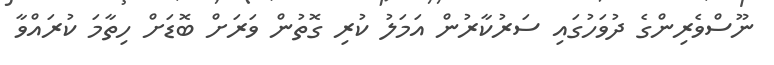
ނޫސްވެރިންގެ ދުވަހުގައި ސަރުކާރުން އަމަލު ކުރި ގޮތުން ވަރަށް ބޮޑަށް ހިތާމަ ކުރައްވާ